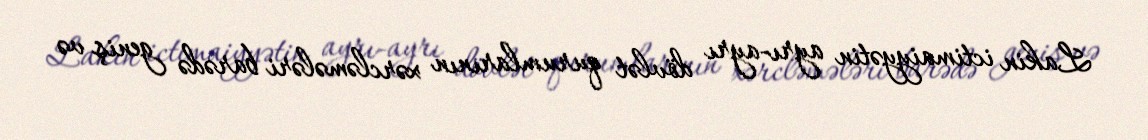
Lakin ictimaiyyətin ayrı-ayrı dövlət qurumlarının xərcləmələri barədə geniş və